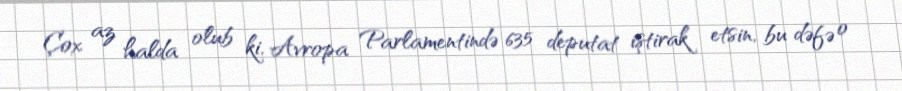
Çox az halda olub ki, Avropa Parlamentində 635 deputat iştirak etsin, bu dəfə o